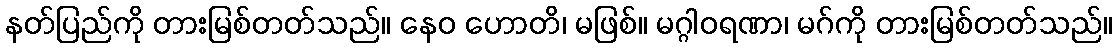
နတ်ပြည်ကို တားမြစ်တတ်သည်။ နေဝ ဟောတိ၊ မဖြစ်။ မဂ္ဂါဝရဏာ၊ မဂ်ကို တားမြစ်တတ်သည်။